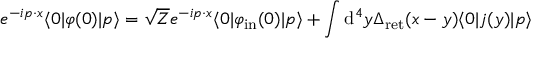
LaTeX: e ^ { - i p \cdot x } \langle 0 | \varphi ( 0 ) | p \rangle = { \sqrt { Z } } e ^ { - i p \cdot x } \langle 0 | \varphi _ { \mathrm { i n } } ( 0 ) | p \rangle + \int \mathrm { d } ^ { 4 } y \Delta _ { \mathrm { r e t } } ( x - y ) \langle 0 | j ( y ) | p \rangle